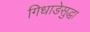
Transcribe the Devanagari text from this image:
गिधाडेसुद्धा